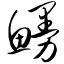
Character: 鳗